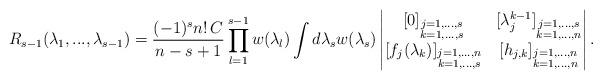
LaTeX: \begin{align*}R_{s-1}(\lambda_1,...,\lambda_{s-1})=\frac{(-1)^s n!\,C}{n-s+1} \prod_{l=1}^{s-1} w(\lambda_l)\int d\lambda_s w(\lambda_s)\begin{vmatrix} [0]_{\substack{j=1,...,s\\k=1,...,s}} & [\lambda_j^{k-1}]_{\substack{j=1,...,s\\k=1,...,n}} \\ [f_j(\lambda_k)]_{\substack{j=1,...,n\\k=1,...,s}} & [h_{j,k}]_{\substack{j=1,...,n\\k=1,...,n}} \end{vmatrix}.\end{align*}